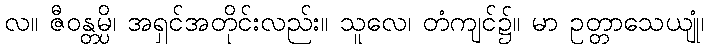
လ။ ဇီဝန္တမ္ပိ၊ အရှင်အတိုင်းလည်း။ သူလေ၊ တံကျင်၌။ မာ ဥတ္တာသေယျုံ၊